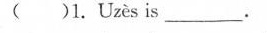
( )1. Uzès is___.